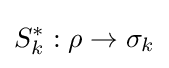
S_{k}^{*}:\rho \to \sigma _{k}